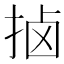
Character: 𫼵